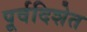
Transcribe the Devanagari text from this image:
पूर्वदिशेत